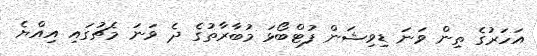
އަހަރުގެ ތިން ވަނަ ޑިވިޝަން ފުޓްބޯޅަ މުބާރާތުގެ ދެ ވަނަ މެޗުގައި އިއްޔެ